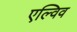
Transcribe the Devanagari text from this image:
एल्विव